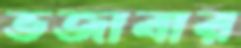
ভজাবার